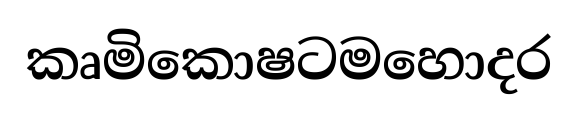
කෘමිකොෂටමහොදර